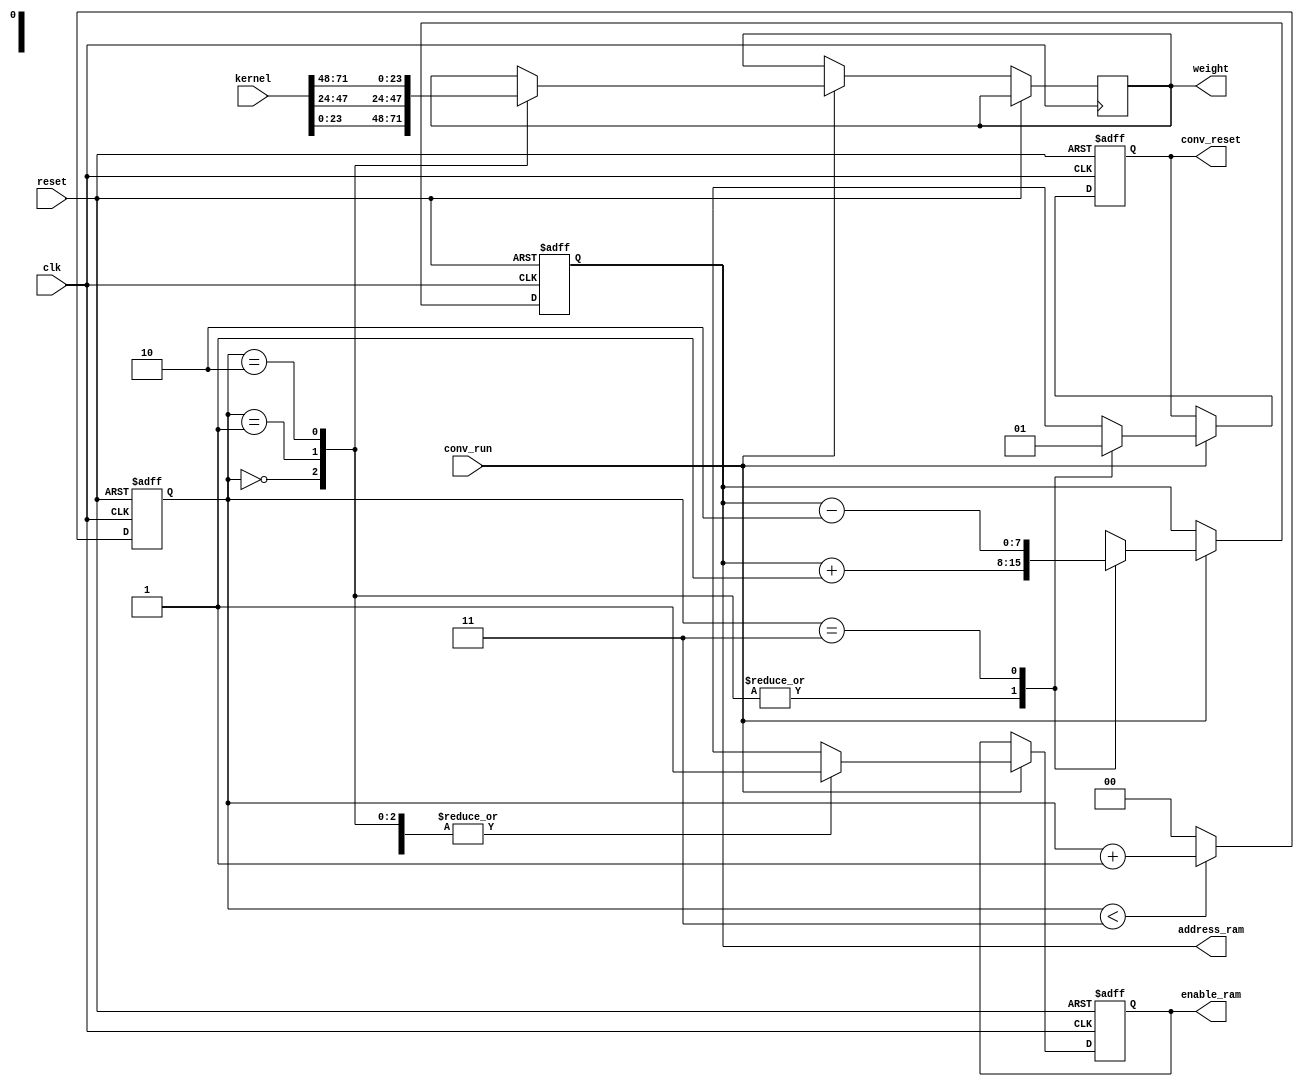
`timescale 1ns / 1ps

module control_input
(
    input clk,
    input reset,
    input conv_run,
    input [71:0] kernel,
    output reg conv_reset,
    output reg enable_ram,
    output reg [7:0] address_ram,
    output reg [23:0] weight
);

    reg [1:0] counter;
    
    always @ (posedge clk or posedge reset) begin
        if(reset)
            counter <= 0;
        else begin
            if(counter < 3)
                counter <= counter + 1;
            else
                counter <= 0;
        end
    end

    always @ (posedge clk or posedge reset) begin
        if(reset) begin
            address_ram <= 0;
            enable_ram <= 0;
            conv_reset <= 1;
        end
        else begin
            if(conv_run) begin
                case(counter)
                    0: begin
                        weight <= kernel [23:0];
                        conv_reset <= 0;
                        address_ram <= address_ram + 1;
                        enable_ram <= 1;
                    end
                    1: begin
                        weight <= kernel [47:24];
                        conv_reset <= 0;
                        address_ram <= address_ram + 1;
                        enable_ram <= 1;
                    end
                    2: begin
                        weight <= kernel [71:48];
                        conv_reset <= 0;
                        address_ram <= address_ram + 1;
                        enable_ram <= 1;
                    end
                    3: begin
                        conv_reset <= 1;
                        enable_ram <= 1;
                        address_ram <= address_ram - 2;
                    end
                endcase
            end
        end
    end
endmodule